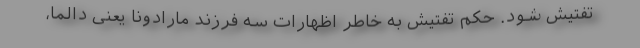
تفتیش شود. حکم تفتیش به خاطر اظهارات سه فرزند مارادونا یعنی دالما،